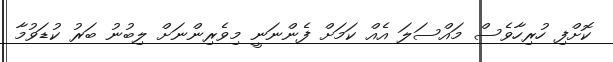
ކޮށްފި ހުރިހާވެސް މައްސަލަ އެއް ކަމަށް ފެންނަނީ މިވެރިންނަށް ލިބުނު ބަރު ކުޑަވުމާ